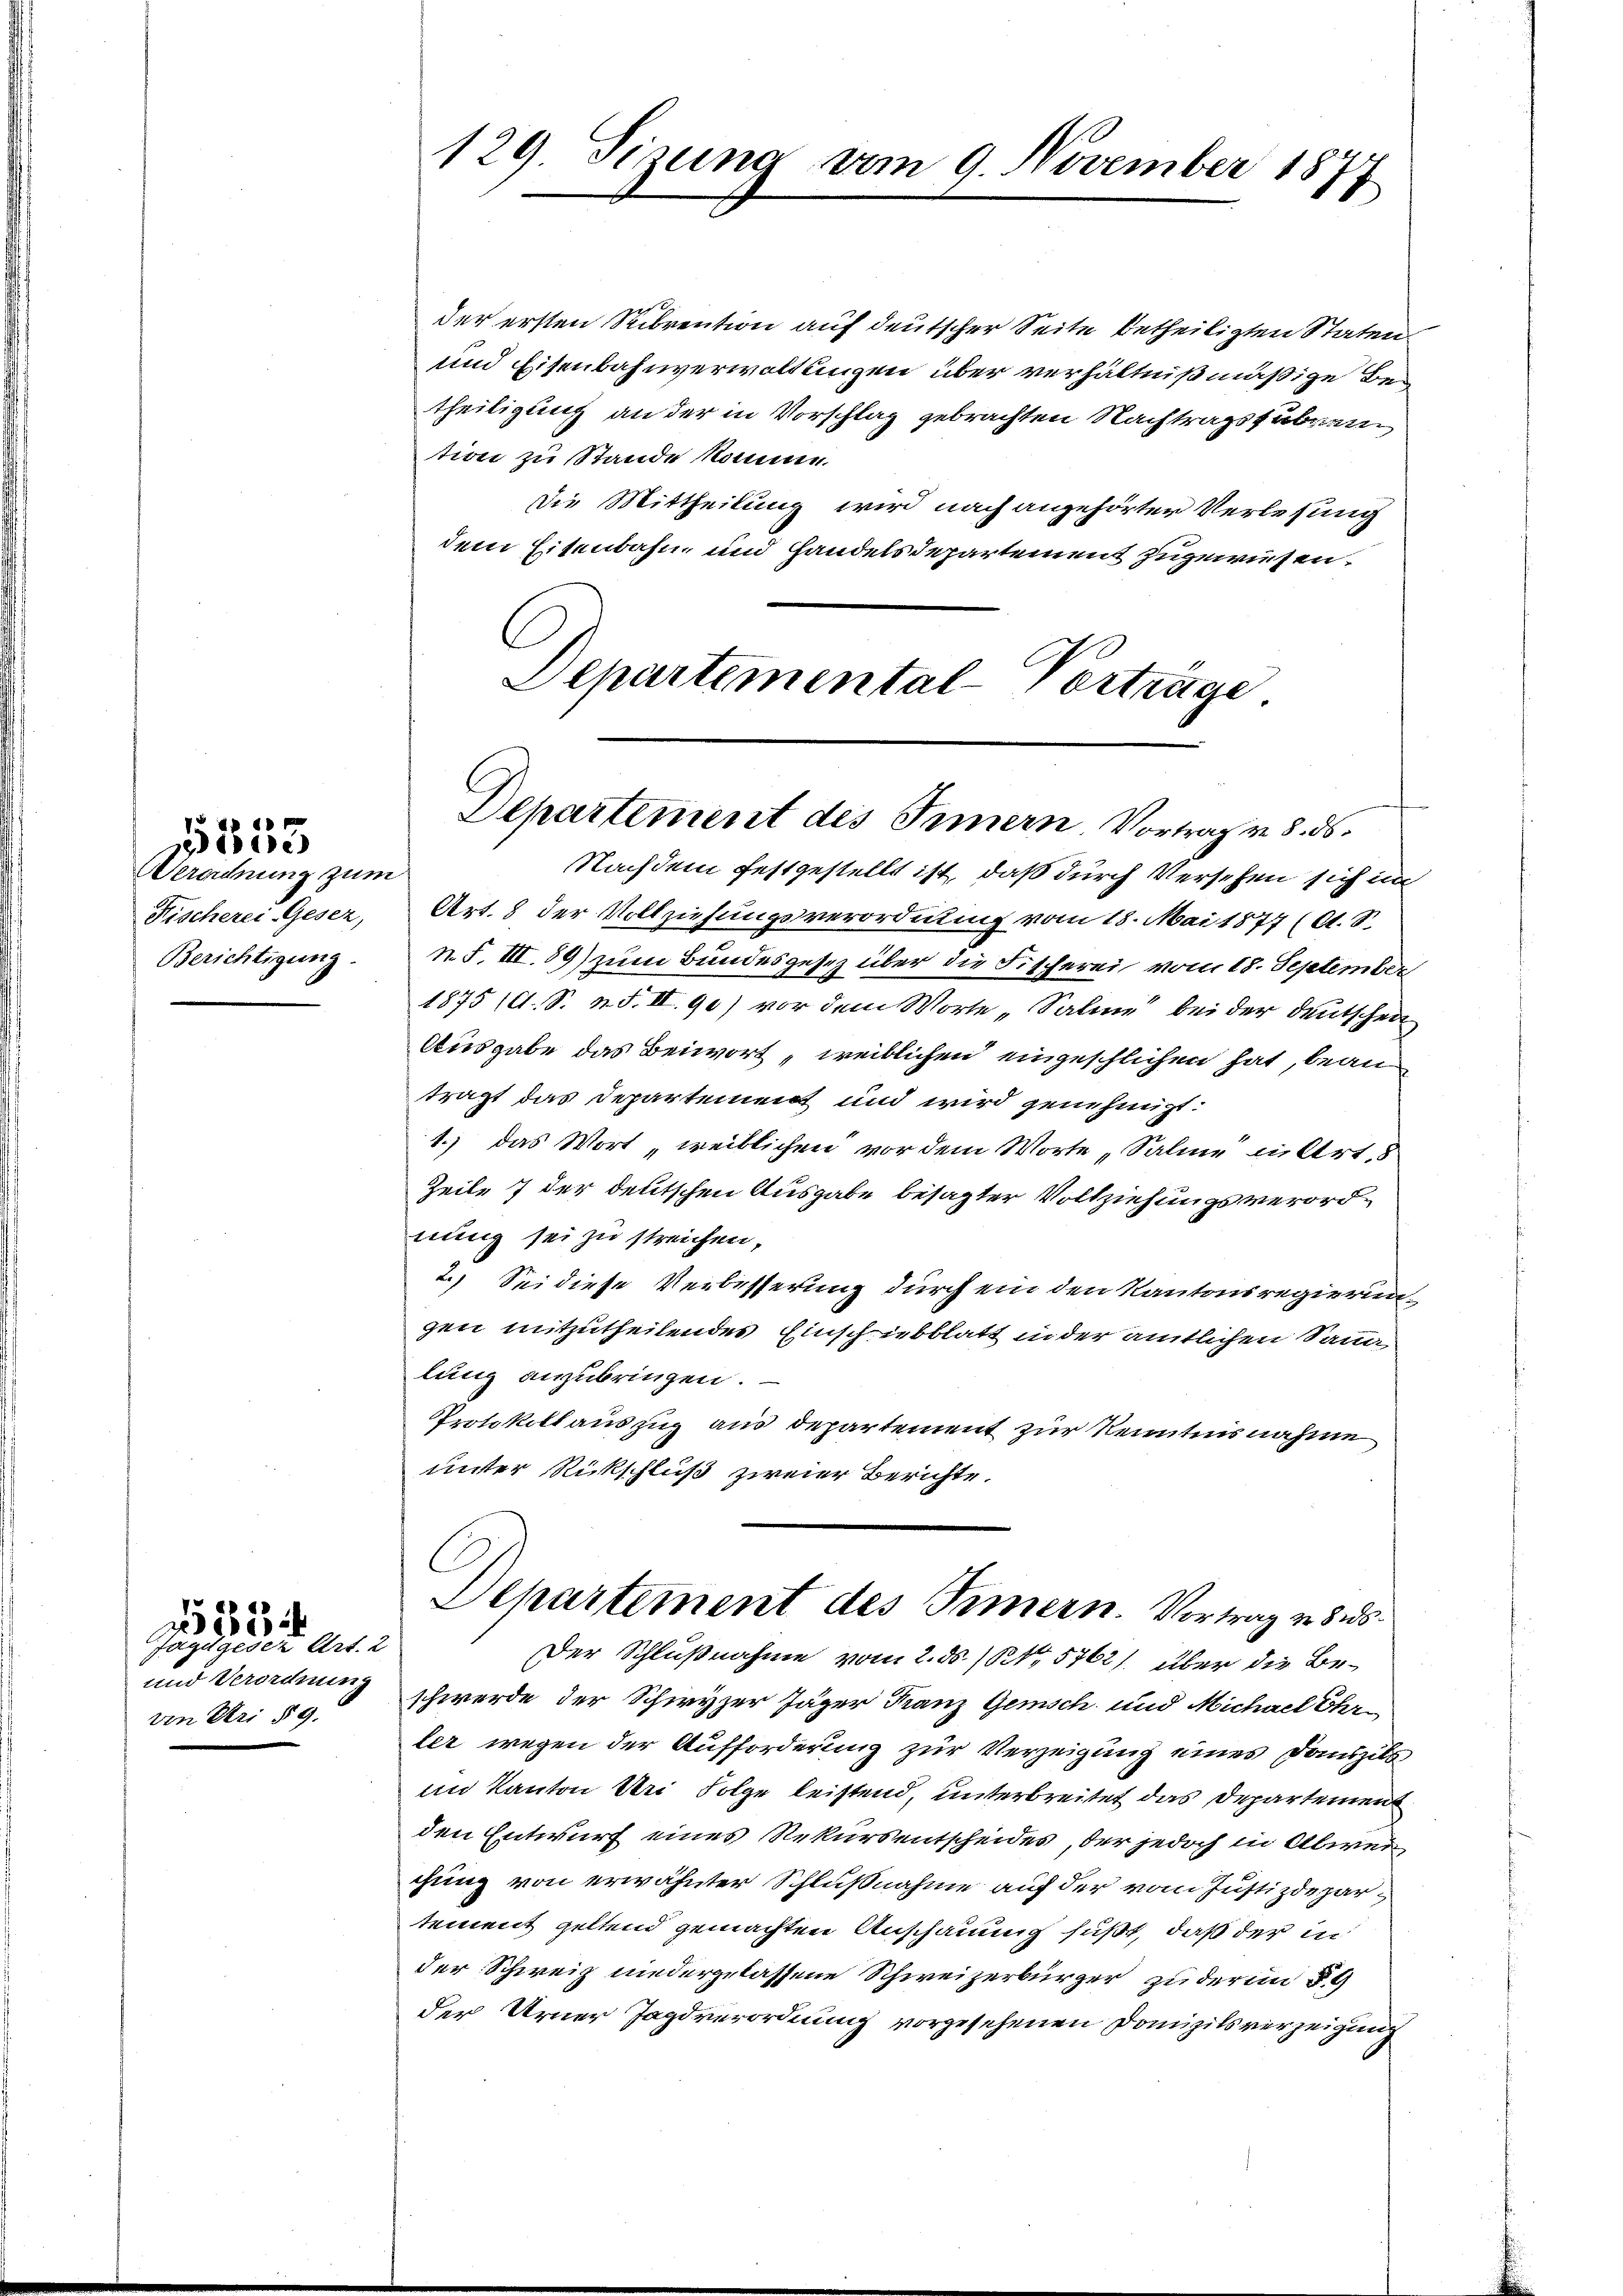
Bereichnung zum

d 17
zedde

von Uri § 9.

4
ze
Jazugesez Art. 2

der ersten Sibrention auf deutscher Seite betheiligten Staten
und Eisenbahnverwaltungen über verhältnißmäßige Bei
theiligung an der in Vorschlag gebrachten Nachtragsführention zu Stande komme.
Die Mittheilung wird nach angehörter Verlesung
dem Eisenbahn und Handelsdepartement zugewiesen.
Departemental-Vorträge

Nachdem festgestellt ist, daß durch Versehen sich im
Fischerei Geser, Art. 8 der Vollziehungsverordnung vom 18. Mai 1877 (lt. S.
Berichtigung. N. S. III. 89) zum Bundesgesez über die Fischerei vom 18. September
1875 (11. S. n. F. II. 90) vor dem Worte „Saline“ bei der Deutschen
Ausgabe das Beiwort „weiblichen eingeschlichen hat, beanträgt das Departement und wird genehmigt:
1.) das Wort „weiblichen vor dem Worte „Saline in Art. 8
Zeile 7 der deutschen Ausgabe besagter Vollziehungsverordnung sei zu streichen,
2.) Sei diese Verbesserung durch ein den Kantonsregierungen mitzutheilendes Einschiebblatt in der amtlichen Samm
lung anzubringen.
Protokollauszug aus departement zur Kenntnisnahme
unter Rückschluß zweier Berichte.
Departement des Innern. Vortrag von
Der Schlußnahme vom 2. ds. No. 5762/. über die Be¬
und Verordnung schwerde der Schwyzer Jäger Franz Gemisch und Michael Uhr.
ler wegen der Aufforderung zur Verzeigung eines Danzils
im Kanton Bei Folge leistend, unterbreitet das Departement
den Entwurf eines Rekurs entscheides, der jedoch in Abwei
chung von erwähnter Schlußnahme auf der vom Justizdepartement geltend gemachten Anschauung fußt, daß der in
der Schweiz niedergelassene Schweizerbürger zu der in §
der Urner Jagdverordnung vorgesehenen Domizils verzeigung

129. Sizung vom 9. November 1877

Departement des Innern, Vortrag v. 8. ds.